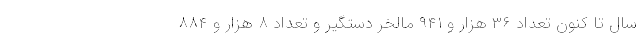
سال تا کنون تعداد ۳۶ هزار و ۹۴۱ مالخر دستگیر و تعداد ۸ هزار و ۸۸۴